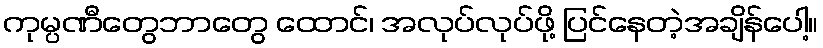
ကုမ္ပဏီတွေဘာတွေ ထောင်၊ အလုပ်လုပ်ဖို့ ပြင်နေတဲ့အချိန်ပေါ့။